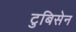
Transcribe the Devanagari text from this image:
टुबिसेन